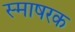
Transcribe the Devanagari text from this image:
स्माषरक